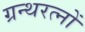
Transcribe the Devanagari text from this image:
ग्रन्थरत्नों